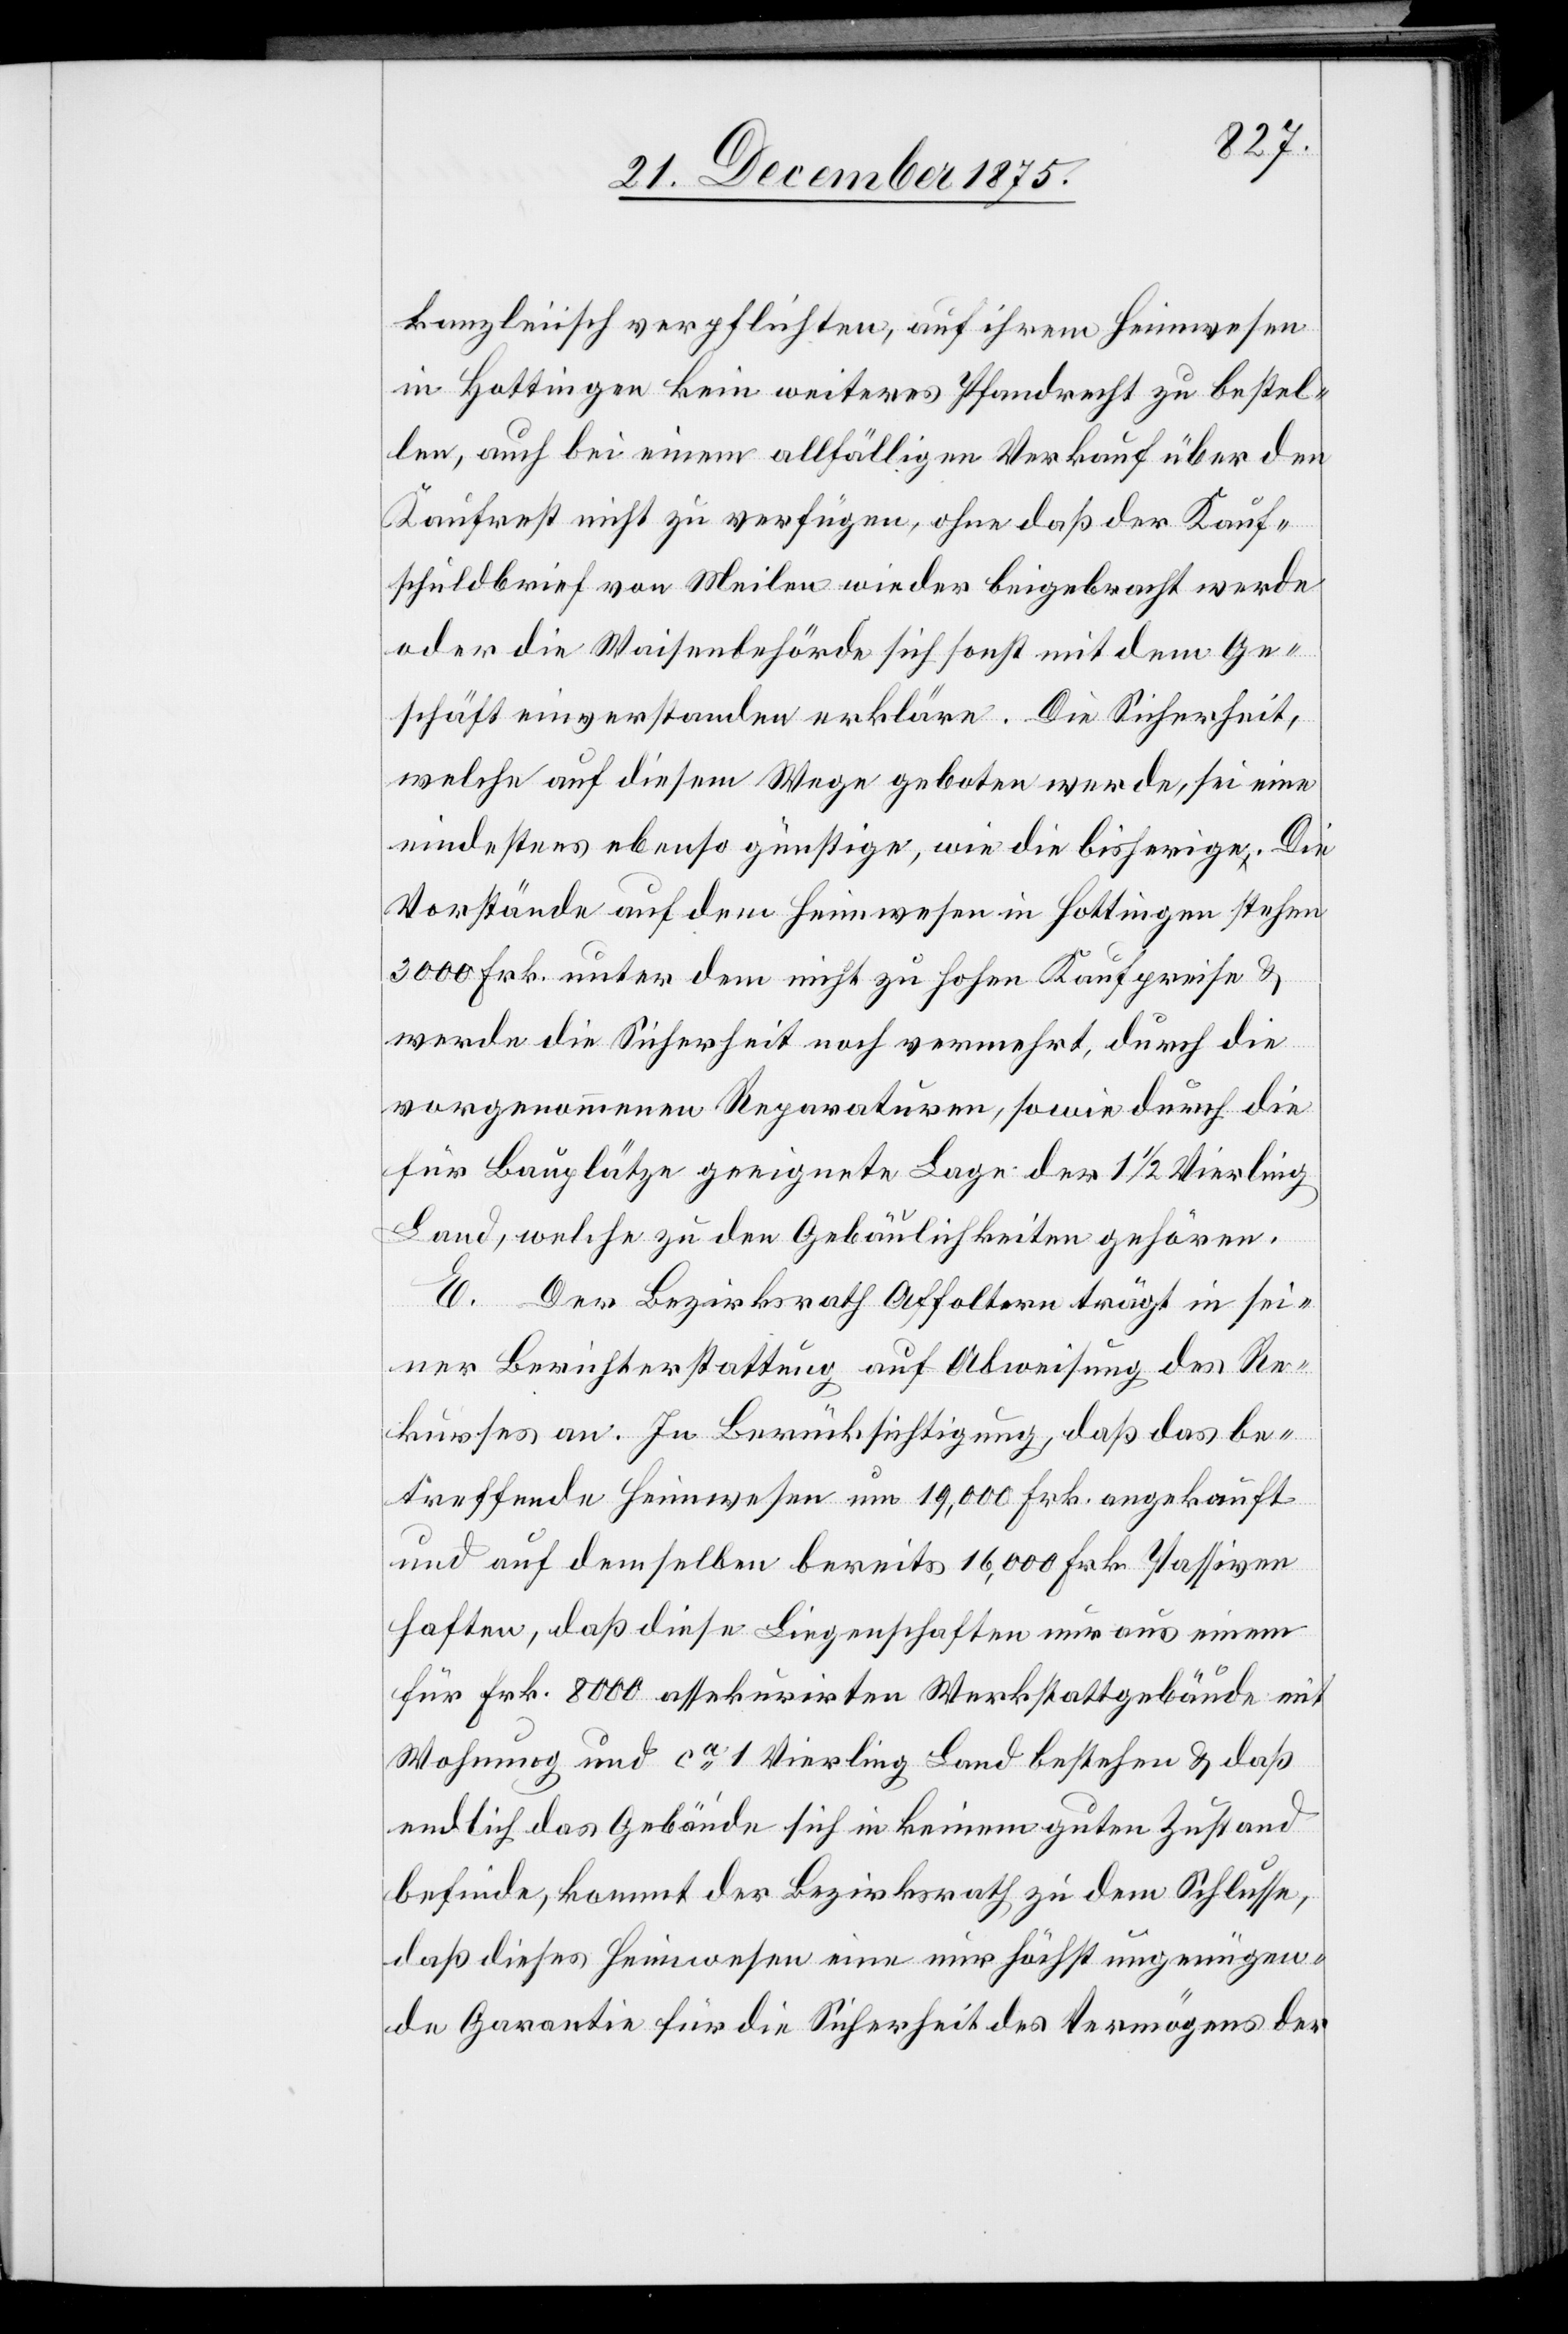
kanzleiisch verpflichten, auf ihrem Heimwesen
in Hottingen kein weiteres Pfandrecht zu bestel¬
len, auch bei einem allfälligen Verkauf über den
Kaufrest nicht zu verfügen, ohne daß der Kauf¬
schuldbrief von Meilen wieder beigebracht werde
oder die Waisenbehörde sich sonst mit dem Ge¬
schäft einverstanden erkläre. Die Sicherheit,
welche auf diesem Wege geboten werde, sei eine
nindestens [sic!] ebenso günstige, wie die bisherige. Die
Vorstände auf dem Heimwesen in Hottingen stehen
3000 Frk. unter dem nicht zu hohen Kaufpreise &
werde die Sicherheit noch vermehrt, durch die
vorgenommenen Reparaturen, sowie durch die
für Bauplätze geeignete Lage der 1 1/2 Vierling
Land, welche zu den Gebäulichkeiten gehören.
E. Der Bezirksrath Affoltern trägt in sei¬
ner Berichterstattung auf Abweisung des Re¬
kurses an. In Berücksichtigung, daß das be¬
treffende Heimwesen um 19,000 Frk. angekauft
und auf demselben bereits 16,000 Frk. Passiven
haften, daß diese Liegenschaften nur aus einem
für Frk. 8000 assekurirten Werkstattgebäude mit
Wohnung und ca 1 Vierling Land bestehen & daß
endlich das Gebäude sich in keinem guten Zustand
befinde, kommt der Bezirksrath zu dem Schlusse,
daß dieses Heimwesen eine nur höchst ungenügen¬
de Garantie für die Sicherheit des Vermögens der